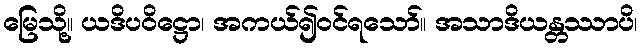
မြေသို့။ ယဒိပဝိဋ္ဌော၊ အကယ်၍ဝင်ရသော်။ အသာဒိယန္တဿာပိ၊